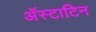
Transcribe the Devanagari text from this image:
अॅस्टाटिन